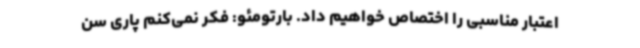
اعتبار مناسبی را اختصاص خواهیم داد. بارتومئو: فکر نمی‌کنم پاری سن